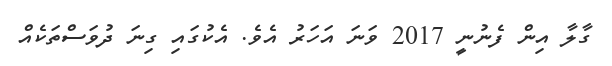
ގާލާ އިން ފެނުނީ 2017 ވަނަ އަހަރު އެވެ. އެކުގައި ގިނަ ދުވަސްތަަކެއް